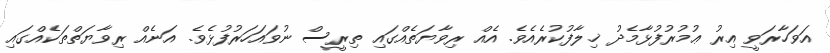
އަވަހާރަވީ އިރު ޢުމުރުފުޅާމެދު ޚިލާފުކުރެއެވެ. އެއް ރިވާޔަތެއްގައި ތިރީސް ނުވައަހަރުފުޅެވެ. އަނެއް ރިވާޔަތްތަކެއްގައި